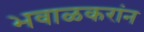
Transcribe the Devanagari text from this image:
भवाळकरांन